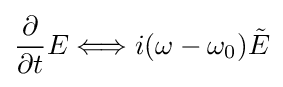
{\frac {\partial }{\partial t}}E\Longleftrightarrow i(\omega -\omega _{0}){\tilde {E}}